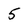
Character: 5